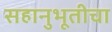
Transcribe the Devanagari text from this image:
सहानुभूतीचा